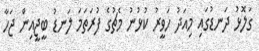
ގަލޮޅު ދަނޑުގައި މިއަދު ހަވީރު ކުޅުނު މެޗުގެ ފުރަތަމަ ލަނޑު ބީޖީއިން ޖަހާ